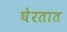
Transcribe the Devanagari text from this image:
घेरतात